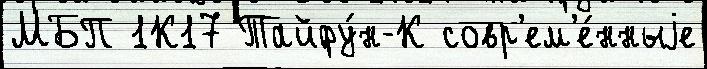
МБП 1К17 Тайфу́н-К совр'ем'е́нныjе